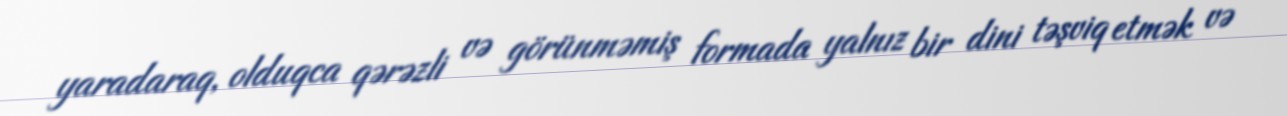
yaradaraq, olduqca qərəzli və görünməmiş formada yalnız bir dini təşviq etmək və